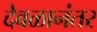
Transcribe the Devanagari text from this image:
देवळानंतर